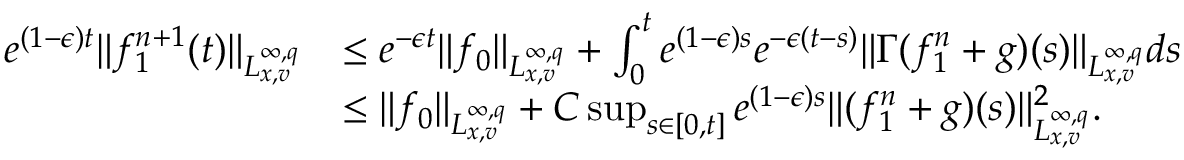
\begin{array} { r l } { e ^ { ( 1 - \epsilon ) t } \| f _ { 1 } ^ { n + 1 } ( t ) \| _ { L _ { x , v } ^ { \infty , q } } } & { \leq e ^ { - \epsilon t } \| f _ { 0 } \| _ { L _ { x , v } ^ { \infty , q } } + \int _ { 0 } ^ { t } e ^ { ( 1 - \epsilon ) s } e ^ { - \epsilon ( t - s ) } \| \Gamma ( f _ { 1 } ^ { n } + g ) ( s ) \| _ { L _ { x , v } ^ { \infty , q } } d s } \\ & { \leq \| f _ { 0 } \| _ { L _ { x , v } ^ { \infty , q } } + C \operatorname* { s u p } _ { s \in [ 0 , t ] } e ^ { ( 1 - \epsilon ) s } \| ( f _ { 1 } ^ { n } + g ) ( s ) \| _ { L _ { x , v } ^ { \infty , q } } ^ { 2 } . } \end{array}